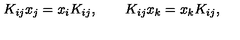
K _ { i j } x _ { j } = x _ { i } K _ { i j } , \qquad K _ { i j } x _ { k } = x _ { k } K _ { i j } ,